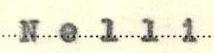
Nelli